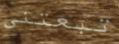
تبعتني